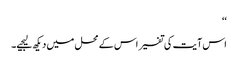
‘‘
اس آیت کی تفسیر اس کے محل میں دیکھ لیجیے۔